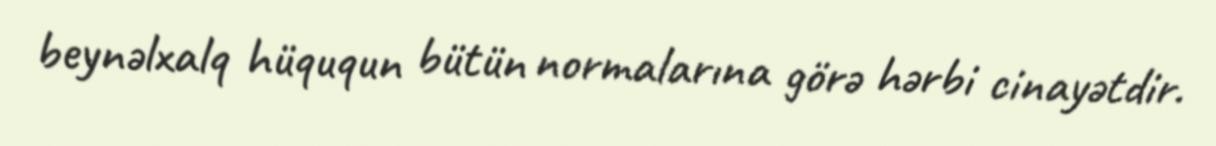
beynəlxalq hüququn bütün normalarına görə hərbi cinayətdir.